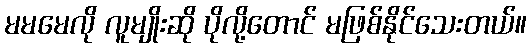
မမမေလို လူမျိုးဆို ပိုလို့တောင် မဖြစ်နိုင်သေးတယ်။